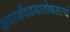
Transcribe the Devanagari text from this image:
क्षमार्जवदयातोषसत्यं